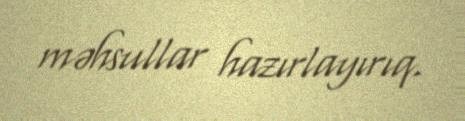
məhsullar hazırlayırıq.